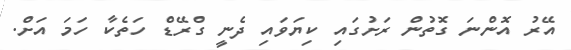
އޭރު އޮންނަ ގޮތުން ރަށުގައި ކިޔަވައި ދެނީ ގްރޭޑް ހަތެކާ ހަމަ އަށް.